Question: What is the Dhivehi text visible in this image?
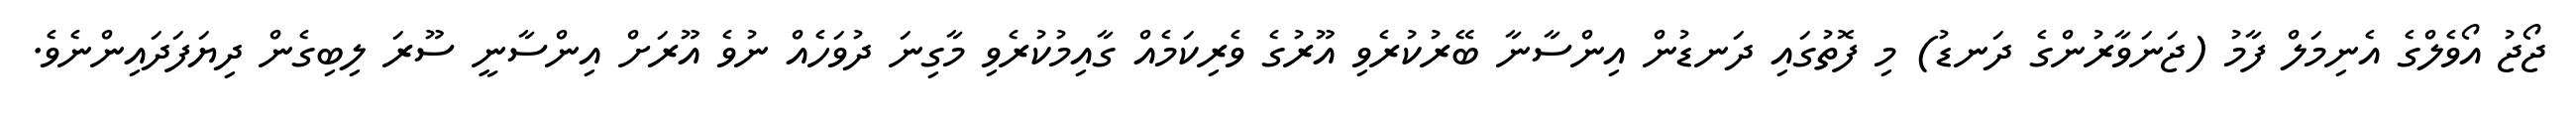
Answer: ޖޯޖު އޯވެލްގެ އެނިމަލް ފާމު (ޖަނަވާރުންގެ ދަނޑު) މި ފޮތުގައި ދަނޑުން އިންސާނާ ބޭރުކުރެވި އޫރުގެ ވެރިކަމެއް ގާއިމުކުރެވި މާގިނަ ދުވަހެއް ނުވެ އޫރަށް އިންސާނީ ސޫރަ ލިބިގެން ދިޔަފަދައިންނެވެ.